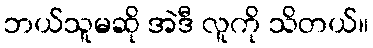
ဘယ်သူမဆို အဲဒီ လူကို သိတယ်။